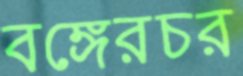
বঙ্গেরচর